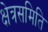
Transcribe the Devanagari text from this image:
क्षेत्रसमिति